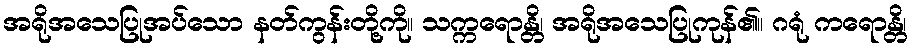
အရိုအသေပြုအပ်သော နတ်ကွန်းတို့ကို။ သက္ကရောန္တိ၊ အရိုအသေပြုကုန်၏။ ဂရုံ ကရောန္တိ၊